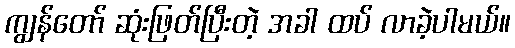
ကျွန်တော် ဆုံးဖြတ်ပြီးတဲ့ အခါ ထပ် လာခဲ့ပါမယ်။